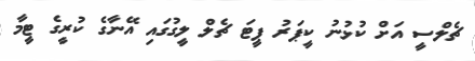
ޗެލްސީ އަށް ކުޅުނު ކީޕަރު ޕީޓަ ޗެލް ލީގުގައި އޭނާގެ ކުރީގެ ޓީމާ